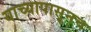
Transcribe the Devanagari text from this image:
याच्यापासूनच